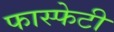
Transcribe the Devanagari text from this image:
फास्फेटी